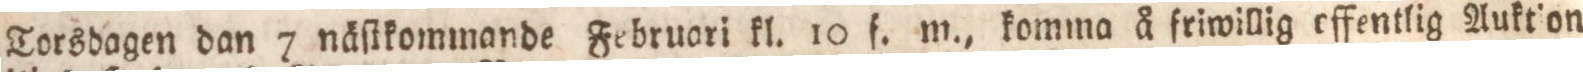
Torsdagen dan 7 näſikommande Februari kl. 10 f. m., komma å friwillig offentlig Auktion